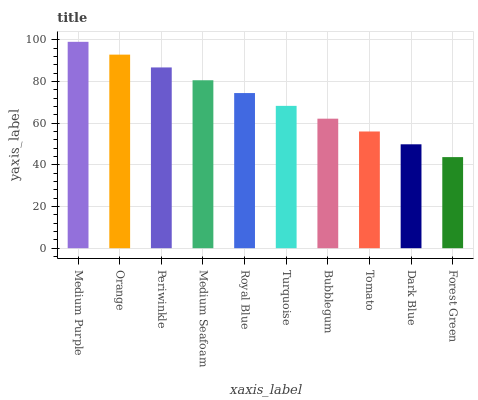
| xaxis_label | bars |
 | --- | --- |
 | Medium Purple | 99 |
 | Orange | 92.9 |
 | Periwinkle | 86.7 |
 | Medium Seafoam | 80.6 |
 | Royal Blue | 74.4 |
 | Turquoise | 68.3 |
 | Bubblegum | 62.1 |
 | Tomato | 56 |
 | Dark Blue | 49.8 |
 | Forest Green | 43.7 |